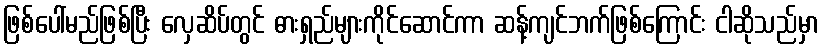
ဖြစ်ပေါ်မည်ဖြစ်ပြီး လှေဆိပ်တွင် ဓားရှည်များကိုင်ဆောင်ကာ ဆန့်ကျင်ဘက်ဖြစ်ကြောင်း ငါဆိုသည်မှာ